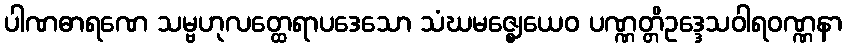
ပါဏဓာရဏေ သမ္ဗဟုလတ္ထေရာပဒေသော သံဃမဇ္ဈေယေဝ ပဏ္ဏတ္တိဥဒ္ဒေသဝါရဝဏ္ဏနာ